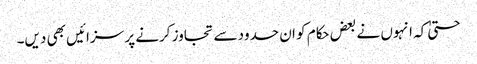
حتیٰ کہ انہوں نے بعض حکام کو ان حدود سے تجاوز کرنے پر سزائیں بھی دیں۔